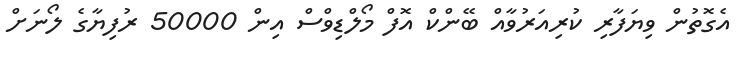
އެގޮތުން ވިޔަފާރި ކުރިއަރުވާއް ބޭންކް އޮފް މޯލްޑިވްސް އިން 50000 ރުފިޔާގެ ލޯނަށް